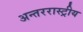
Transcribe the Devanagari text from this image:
अन्तररास्ट्रीय